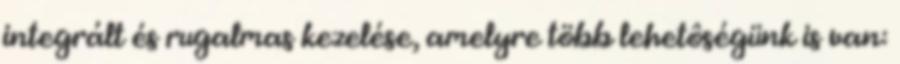
integrált és rugalmas kezelése, amelyre több lehetôségünk is van: